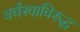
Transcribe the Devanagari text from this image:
वर्चस्वाविरुद्ध